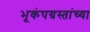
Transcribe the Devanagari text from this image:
भूकंपग्रस्तांच्या